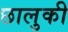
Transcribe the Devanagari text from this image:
छालुकी